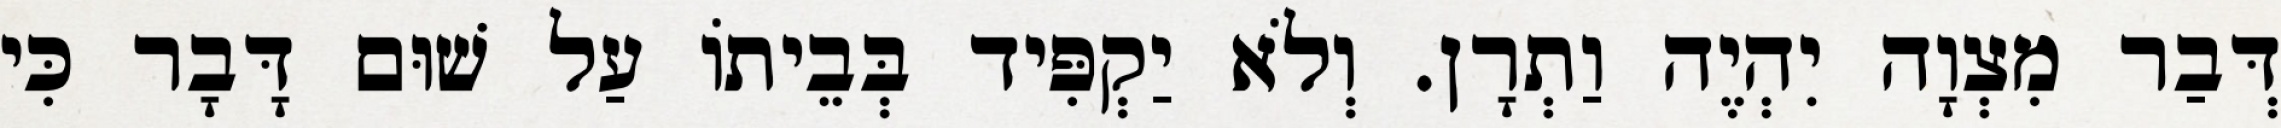
דְּבַר מִצְוָה יִהְיֶה וַתְרָן. וְלֹא יַקְפִּיד בְּבֵיתוֹ עַל שׁוּם דָּבָר כִּי